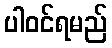
ပါဝင်ရမည်